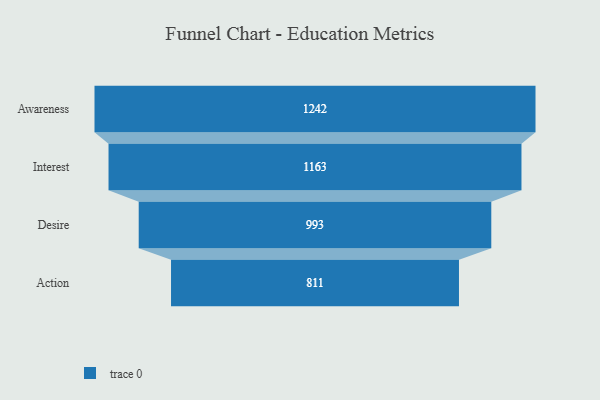
{"axis": {"x": "Stage", "y": "Value"}, "legend": [""], "data": [{"x": "Awareness", "y": 1242.0, "type": ""}, {"x": "Interest", "y": 1163.0, "type": ""}, {"x": "Desire", "y": 993.0, "type": ""}, {"x": "Action", "y": 811.0, "type": ""}]}